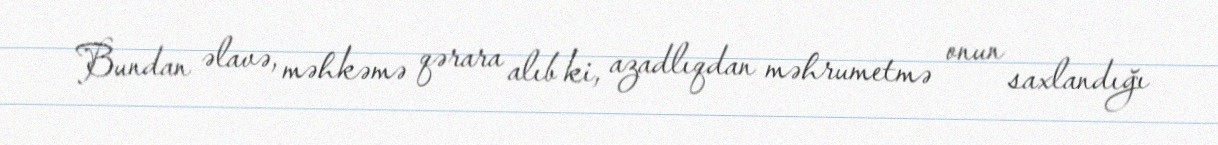
Bundan əlavə, məhkəmə qərara alıb ki, azadlıqdan məhrumetmə onun saxlandığı